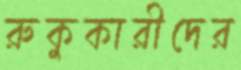
রুকুকারীদের